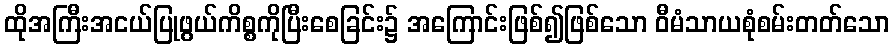
ထိုအကြီးအငယ်ပြုဖွယ်ကိစ္စကိုပြီးစေခြင်း၌ အကြောင်းဖြစ်၍ဖြစ်သော ဝီမံသာယစုံစမ်းတတ်သော